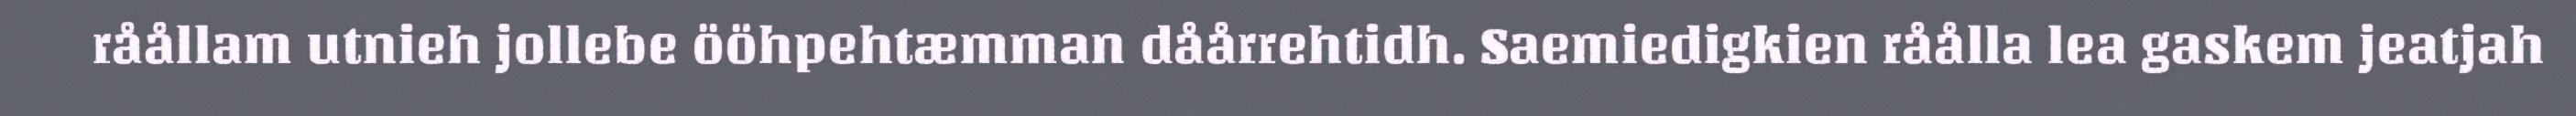
råållam utnieh jollebe ööhpehtæmman dåårrehtidh. Saemiedigkien råålla lea gaskem jeatjah